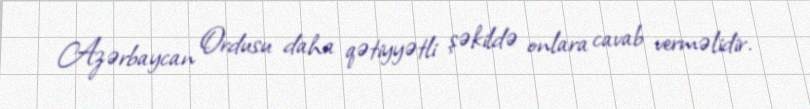
Azərbaycan Ordusu daha qətiyyətli şəkildə onlara cavab verməlidir.